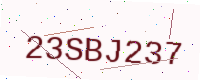
Text: 23SBJ237